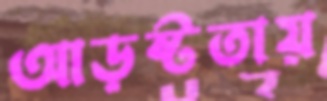
আড়ষ্টতায়